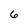
Character: 6